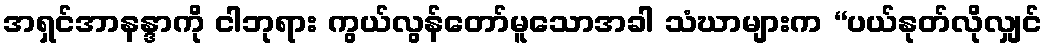
အရှင်အာနန္ဒာကို ငါဘုရား ကွယ်လွန်တော်မူသောအခါ သံဃာများက “ပယ်နုတ်လိုလျှင်